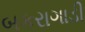
બકરાગાડી